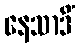
နေသာဒိံ